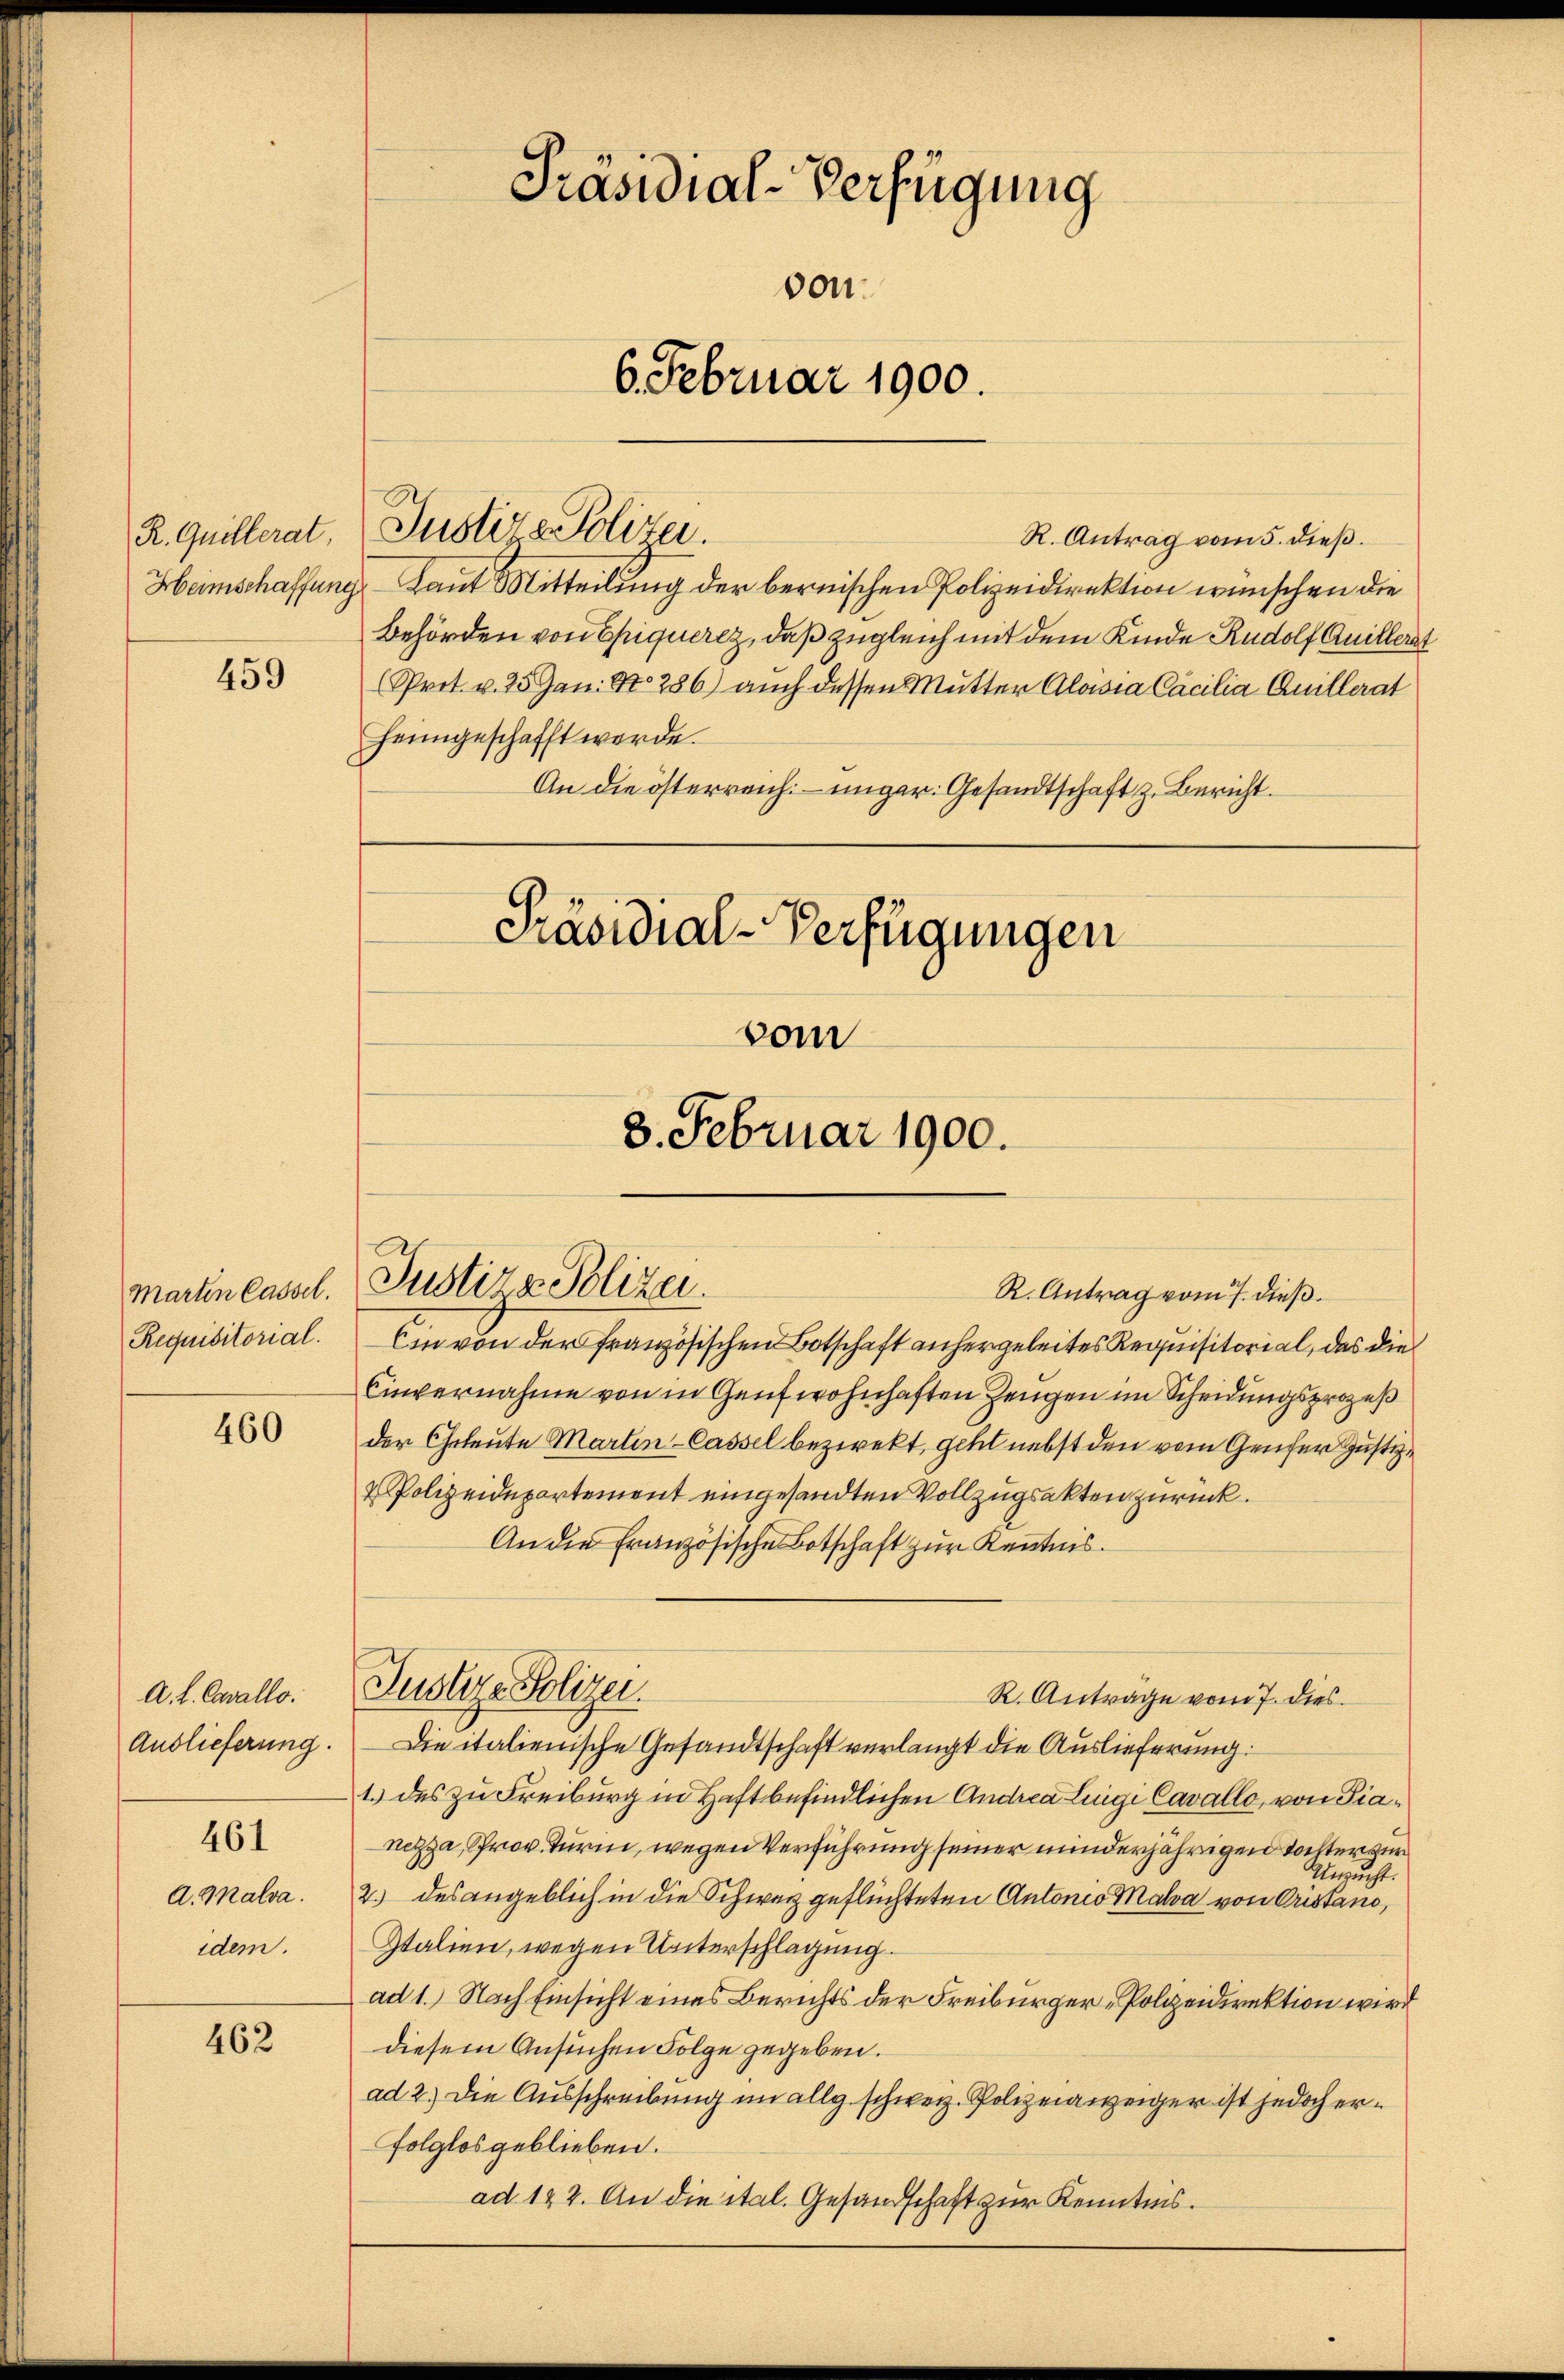
459

Marten Cassel.
Requisitorial.

460

A. L. Cavallo.
Auslieferung.

461

a. Malva.
idem.

462

Präsidial-Verfügung
von.
6. Februar 1900.

R. Antrag vom 5. dieß.
Heimschaffung, Laut Mitteilung der bernischen Polizeidirektion wünschen die
Behörden von Chiquerez, daß zugleich mit dem Kinde Rudolf Quillerat
(Prot. v. 25. Jan. No 286) auch dessen Mutter Aloisia Cacilia Anillerat
heimgeschafft werde.
An die österreich – unger. Gesandtschaft z. Bericht.

R. Quillerat. Justiz & Polizei.

Präsidial-Verfügungen

Ein von der französischen Botschaft anhergeleites Requisitorial, das die
Cinvernahme von in Genf wohnhaften Zeugen im Scheidungsprozeß
der Eheleute Marten-Cassel bezirekt, geht nebst den vom Genfer Justiz¬
2 Polizeidepartement eingesandten Vollzugsakten zurück.
An die Französische Botschaft zur Kenntnis.
R. Anträge vom 7. dies
Die italienische Gesandtschaft verlangt die Auslieferung:
1.) des zu Freiburg in Haftbefindlichen Andrea Lingi Cavallo, von Pianezza, prov. Turm, wegen Verführung seiner minderjährigen Tochter zur
Unzucht.
2.) des angeblich in die Schwarz geflüchteten Antonio Malva von Cristand,
Italien, wegen Unterschlagung.
ad 1.) Nach Einsicht eines Berichts der Freiburger-Polizeidirektion wird
diesem Ansuchen Folge gegeben.
ad 2.) Die Ausschreibung im allg. schweiz. Polizeianzeiger ist jedoch erfolglos geblieben.
ad 122. An die ital. Gesandtschaft zur Kenntnis.

vom
8. Februar 1900.

Justiz & Polizei.
R. Antrag vom 7. dieß.

Justiz- Polizei.